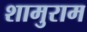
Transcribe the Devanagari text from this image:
शामुराम